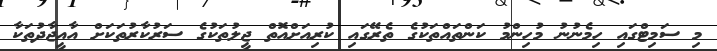
މި ސަމިޓްގައި ހިމެނުނު މުހިންމު ކަންތައްތަކުގެ ތެރޭގައި ކުރިއަށްއޮތް ޖީލުތަކުގެ ސަރުކާރުތަކަށް އާއީޖާދުތަކާ